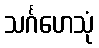
သင်္ဂဟေသုံ